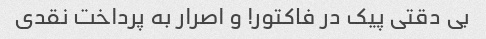
بی دقتی پیک در فاکتور! و اصرار به پرداخت نقدی